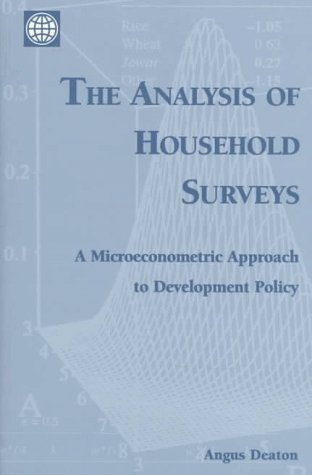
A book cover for The Analysis of Household Surveys: A Microeconometric Approach to Development Policy (World Bank); Angus S. Deaton; Business & Money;